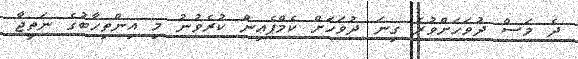
ދެ މަސް ދުވަހަށްވުރެ ގިނަ ދުވަހަށް ކެމްޕެއިން ކުރެވުނު މި އިންތިހާބުގެ ނަތީޖާ